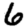
Digit: 6